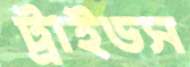
ট্রাইডস